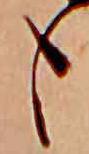
も